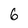
Character: 6